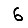
Digit: 6